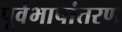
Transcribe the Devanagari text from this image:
पूर्वभाषांतरण